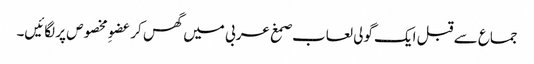
جماع سے قبل ایک گولی لعاب صمغ عربی میں گھس کر عضوِ مخصوص پر لگائیں۔